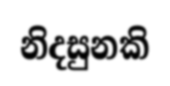
නිදසුනකි